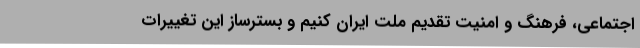
اجتماعی، فرهنگ و امنیت تقدیم ملت ایران کنیم و بسترساز این تغییرات